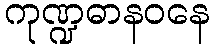
ကုဏ္ဍဓာနဝနေ